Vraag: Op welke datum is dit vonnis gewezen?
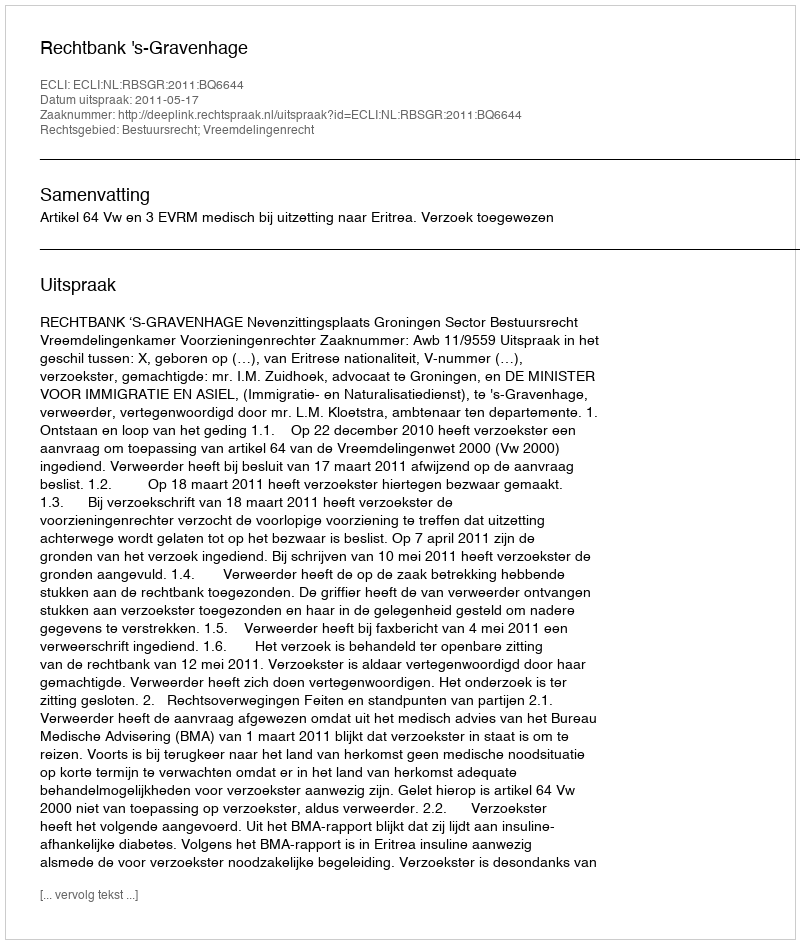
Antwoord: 2011-05-17